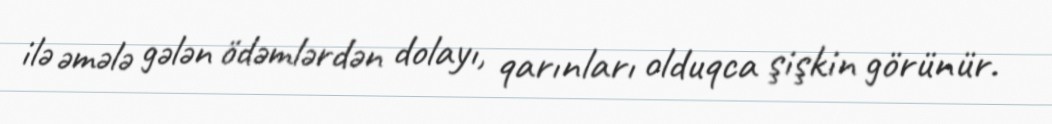
ilə əmələ gələn ödəmlərdən dolayı, qarınları olduqca şişkin görünür.